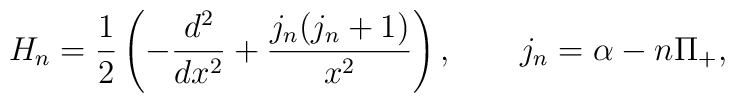
H_n=\frac{1}{2}\left(-\frac{d^2}{dx^2}+\frac{j_n(j_n+1)}{x^2}\right),\qquad j_n=\alpha -n\Pi_+,